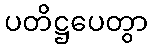
ပတိဋ္ဌပေတွာ